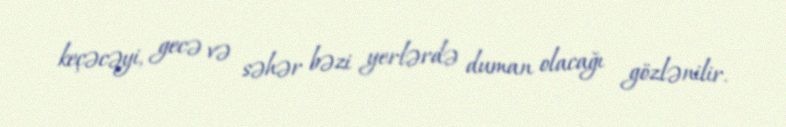
keçəcəyi, gecə və səhər bəzi yerlərdə duman olacağı gözlənilir.